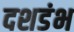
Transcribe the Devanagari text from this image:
दशडंभ